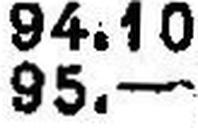
95.—